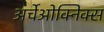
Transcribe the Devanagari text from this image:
अर्चेओक्निक्स